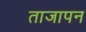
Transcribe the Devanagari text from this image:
ताजापन